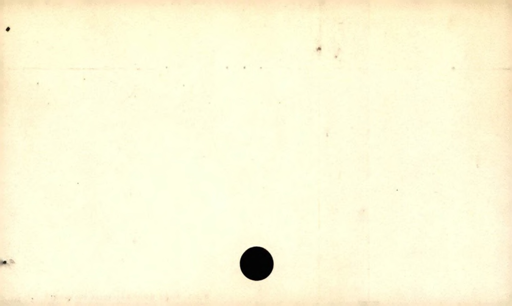
Label: blank